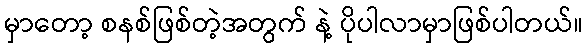
မှာတော့ စနစ်ဖြစ်တဲ့အတွက် နဲ့ ပိုပါလာမှာဖြစ်ပါတယ်။